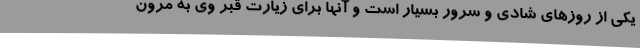
یکى از روزهاى شادى و سرور بسیار است و آنها براى زیارت قبر وی به مرون